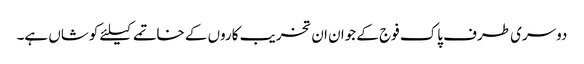
دوسری طرف پاک فوج کے جوان ان تخریب کاروں کے خاتمے کیلئے کوشاں ہے۔